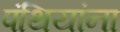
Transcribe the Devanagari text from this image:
पंथियांना